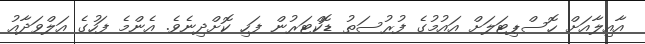
އާއިލާއަށް ހޮސްޕިޓަލަށް އައުމުގެ ފުރުސަތު ޑޮކްޓަރުން ފަހި ކޮށްދިނެވެ. އެންމެ ފަހުގެ އަލްވަދާއު